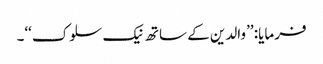
فرمایا: ’’والدین کے ساتھ نیک سلوک‘‘۔